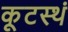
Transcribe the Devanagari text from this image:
कूटस्थं